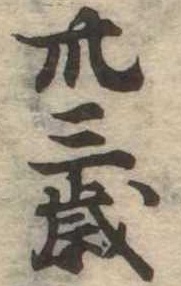
卅三歳